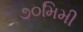
૭૦મિમી